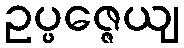
ဥပ္ပဇ္ဇေယျ